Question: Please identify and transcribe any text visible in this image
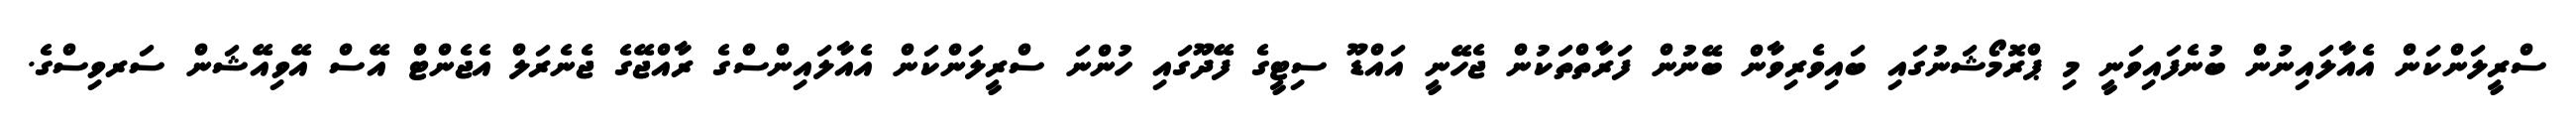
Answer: ސްރީލަންކަން އެއާލައިނުން ބުނެފައިވަނީ މި ޕްރޮމޯޝަނުގައި ބައިވެރިވާން ބޭނުން ފަރާތްތަކުން ޖެހޭނީ އައްޑޫ ސިޓީގެ ފޭދޫގައި ހުންނަ ސްރީލަންކަން އެއާލައިންސްގެ ރާއްޖޭގެ ޖެނެރަލް އެޖެންޓް އޭސް އޭވިއޭޝަން ސަރވިސްގެ.